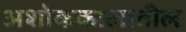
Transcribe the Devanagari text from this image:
अशोककालातील